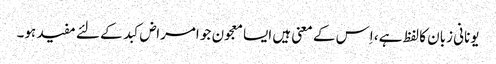
یونانی زبان کا لفظ ہے، اِس کے معنی ہیں ایسا معجون جو امراض کبد کے لئے مفید ہو۔